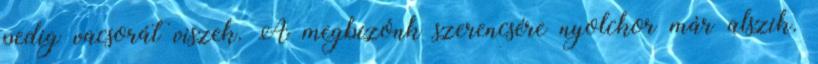
pedig vacsorát viszek. A megbízónk szerencsére nyolckor már alszik.